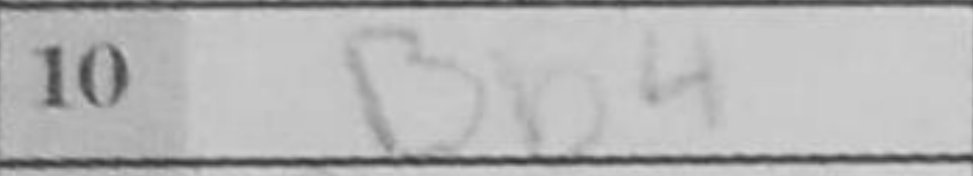
Transcription: Bb4